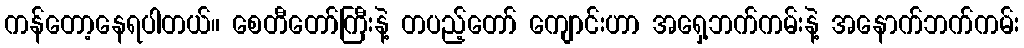
ကန်တော့နေရပါတယ်။ စေတီတော်ကြီးနဲ့ တပည့်တော် ကျောင်းဟာ အရှေ့ဘက်ကမ်းနဲ့ အနောက်ဘက်ကမ်း